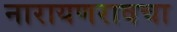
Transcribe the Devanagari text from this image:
नारायणरावचा